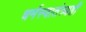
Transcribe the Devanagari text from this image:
धर्मस्वातंत्र्यही